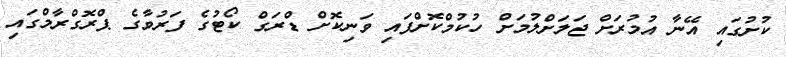
ކުށުގައި އޭނާ އުމުރަށް ޖަލަށްލުމަށް ހުކުމްކޮށްފައި ވަނިކޮށް ޑްރަގް ކޯޓުގެ ފަރުވާގެ ޕްރޮގްރާމްގައި